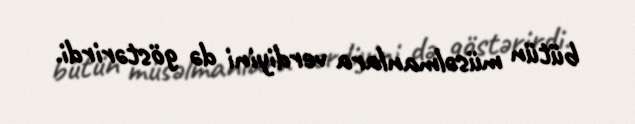
bütün müsəlmanlara verdiyini də göstərirdi.